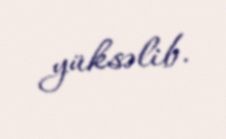
yüksəlib.